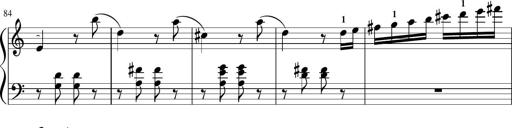
Title: Sonatina in G major
Composer: Friedrich Kuhlau
Key: G major